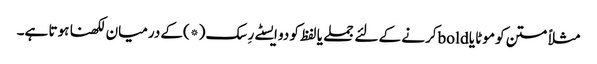
مثلاً متن کو موٹا یا boldکرنے کے لئے جملے یا لفظ کو دو ایسٹے رِسک (*)کے درمیان لکھنا ہوتا ہے۔